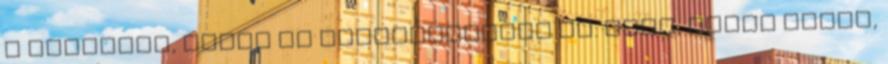
a dalokkal, hanem az előadásmóddal is. Igen, semmi extra,